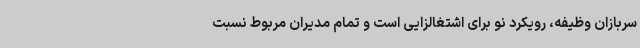
سربازان وظیفه، رویکرد نو برای اشتغالزایی است و تمام مدیران مربوط نسبت